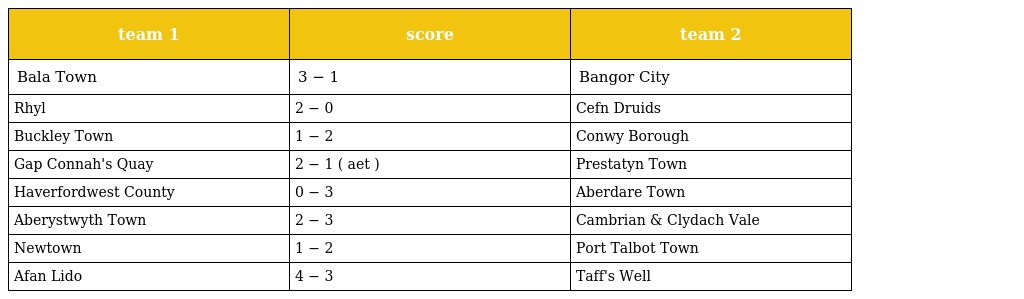
| team 1 | score | team 2 |
 | --- | --- | --- |
 | Bala Town | 3 − 1 | Bangor City |
 | Rhyl | 2 − 0 | Cefn Druids |
 | Buckley Town | 1 − 2 | Conwy Borough |
 | Gap Connah's Quay | 2 − 1 ( aet ) | Prestatyn Town |
 | Haverfordwest County | 0 − 3 | Aberdare Town |
 | Aberystwyth Town | 2 − 3 | Cambrian & Clydach Vale |
 | Newtown | 1 − 2 | Port Talbot Town |
 | Afan Lido | 4 − 3 | Taff's Well |